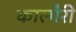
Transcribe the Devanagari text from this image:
काल्गैरी